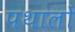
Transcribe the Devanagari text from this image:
पथालों